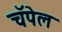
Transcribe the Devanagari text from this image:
चॅपेल